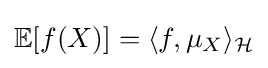
\mathbb {E} [f(X)]=\langle f,\mu _{X}\rangle _{\mathcal {H}}